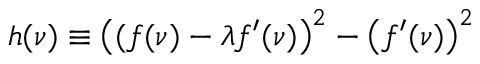
h ( \nu ) \equiv \left( ( f ( \nu ) - \lambda f ^ { \prime } ( \nu ) \right) ^ { 2 } - \left( f ^ { \prime } ( \nu ) \right) ^ { 2 }